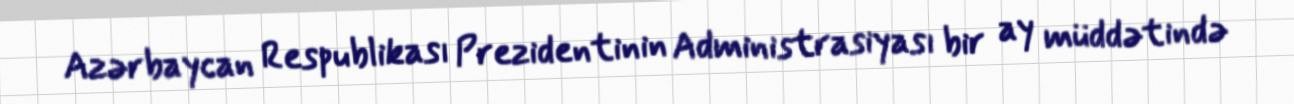
Azərbaycan Respublikası Prezidentinin Administrasiyası bir ay müddətində